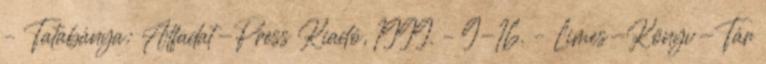
– Tatabánya: Alfadat-Press Kiadó, 1999. – 9-16. – Limes-Könyv-Tár